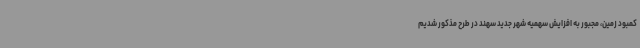
کمبود زمین، مجبور به افزایش سهمیه شهر جدید سهند در طرح مذکور شدیم